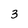
Character: 3